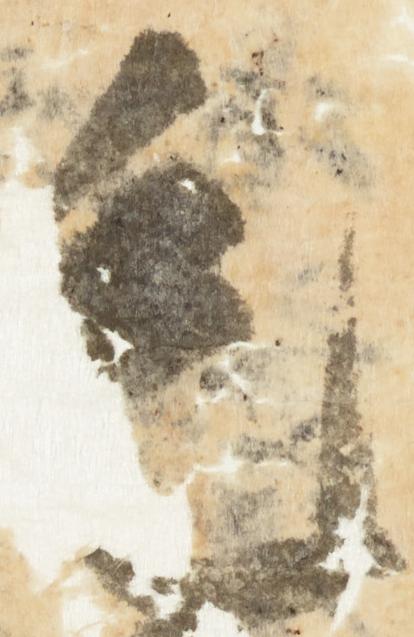
毛